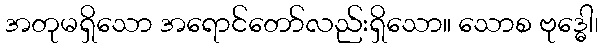
အတုမရှိသော အရောင်တော်လည်းရှိသော။ သောစ ဗုဒ္ဓေါ၊